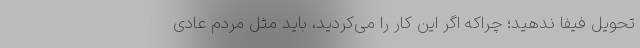
تحویل فیفا ندهید؛ چراکه اگر این کار را می‌کردید، باید مثل مردم عادی